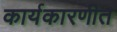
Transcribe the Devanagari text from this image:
कार्यकारणीत